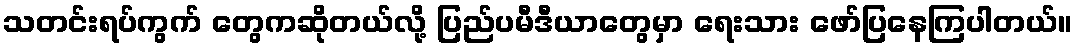
သတင်းရပ်ကွက် တွေကဆိုတယ်လို့ ပြည်ပမီဒီယာတွေမှာ ရေးသား ဖော်ပြနေကြပါတယ်။